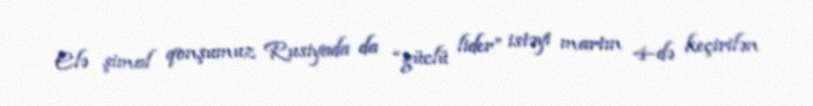
Elə şimal qonşumuz Rusiyada da “güclü lider” istəyi martın 4-də keçirilən